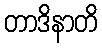
တာဒိနာတိ